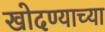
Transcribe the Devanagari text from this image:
खोदण्याच्या